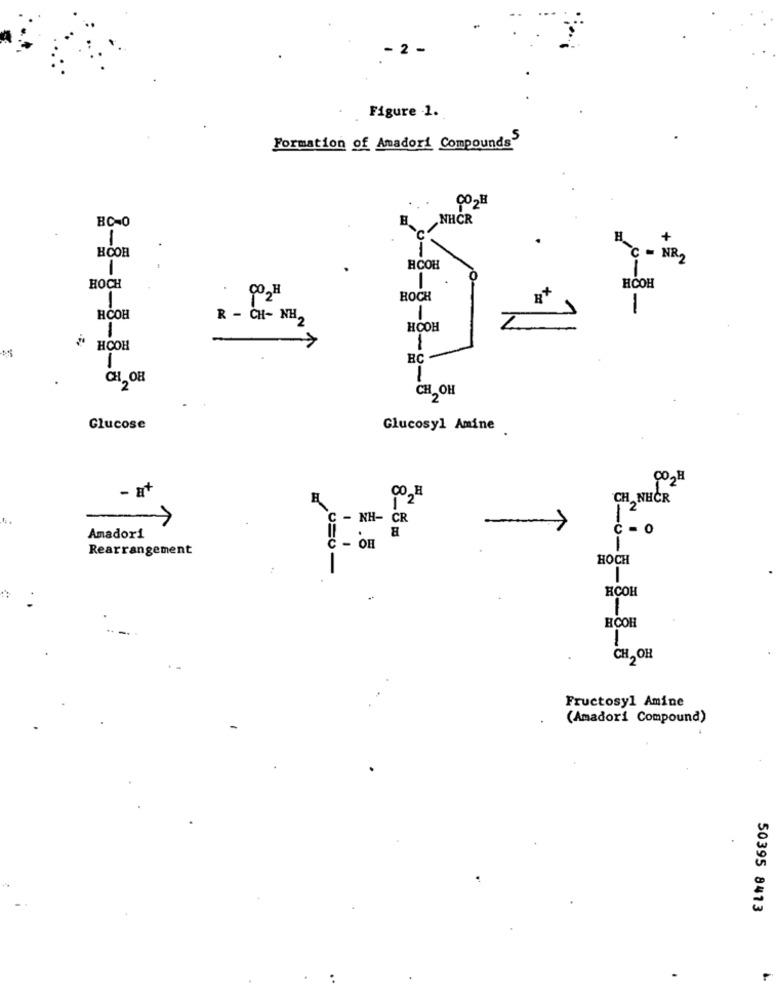
- 2 -
Figure -1.
Formation of Amadori Compounds
CO2H
BC-0
NHCR
1
H
HOOR
C - NR2
HCOH
HOCH
HCOH
CO2H
BOCH
-
HČOH
R - CH- NH2
-
1
HOOH
2
1
HOOH
1
BC
CH OB
1
2
CH OH
Glucose
Glucosyl Amine
002H
- E
H
CH NHCR
1 2
NH- CR
C - O
Amadori
Rearrangement
- OH
HOCH
U=O-
-
HCOH
-
HCOH
-
CH, OH
Fructosyl Amine
(Amadori Compound)
50395 8413